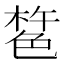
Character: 𰘎